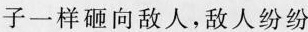
子一样砸向敌人，敌人纷纷